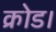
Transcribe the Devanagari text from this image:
क्रोड।